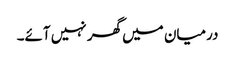
درمیان میں گھر نہیں آئے۔